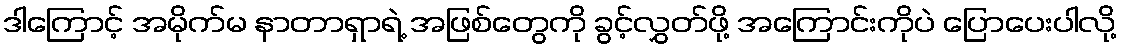
ဒါကြောင့် အမိုက်မ နာတာရှာရဲ့ အဖြစ်တွေကို ခွင့်လွှတ်ဖို့ အကြောင်းကိုပဲ ပြောပေးပါလို့